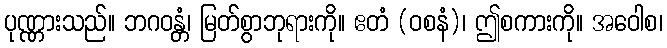
ပုဏ္ဏားသည်။ ဘဂဝန္တံ၊ မြတ်စွာဘုရားကို။ ဧတံ (ဝစနံ)၊ ဤစကားကို။ အဝေါစ၊